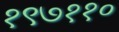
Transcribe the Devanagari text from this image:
१९७११०